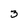
Character: 3